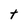
Character: t